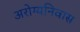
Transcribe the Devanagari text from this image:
अरोग्यनिवास